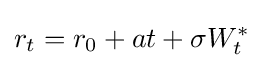
r_{t}=r_{0}+at+\sigma W_{t}^{*}